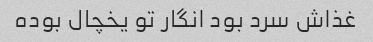
غذاش سرد بود انگار تو یخچال بوده